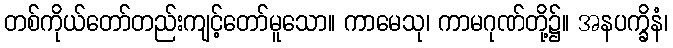
တစ်ကိုယ်တော်တည်းကျင့်တော်မူသော။ ကာမေသု၊ ကာမဂုဏ်တို့၌။ အနပက္ခိနံ၊